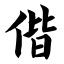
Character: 偕